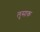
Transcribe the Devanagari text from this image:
लुसाक